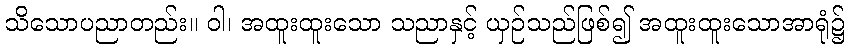
သိသောပညာတည်း။ ဝါ၊ အထူးထူးသော သညာနှင့် ယှဉ်သည်ဖြစ်၍ အထူးထူးသောအာရုံ၌